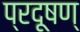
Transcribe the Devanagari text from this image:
प्रदूषण्